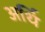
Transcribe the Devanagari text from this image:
अर्थि